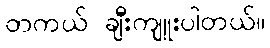
တကယ် ချီးကျူးပါတယ်။